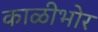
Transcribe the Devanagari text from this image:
काळीभोर